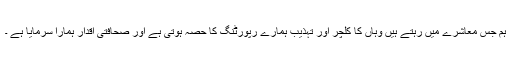
ہم جس معاشرے میں رہتے ہیں وہاں کا کلچر اور تہذیب ہمارے رپورٹنگ کا حصہ ہوتی ہے اور صحافتی اقدار ہمارا سرمایا ہے ۔